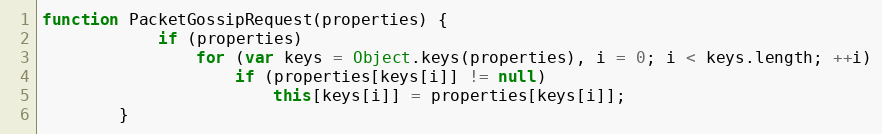
Language: JavaScript
function PacketGossipRequest(properties) {
			if (properties)
				for (var keys = Object.keys(properties), i = 0; i < keys.length; ++i)
					if (properties[keys[i]] != null)
						this[keys[i]] = properties[keys[i]];
		}